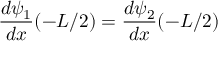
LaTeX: { \frac { d \psi _ { 1 } } { d x } } ( - L / 2 ) = { \frac { d \psi _ { 2 } } { d x } } ( - L / 2 ) \,